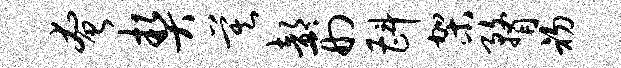
奄契莫部刑斟架瞀初